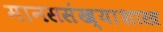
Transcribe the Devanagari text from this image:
मानससंख्याशास्त्र